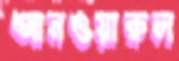
আনওয়ারুল